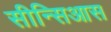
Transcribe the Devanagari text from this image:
सीन्सिआस